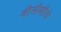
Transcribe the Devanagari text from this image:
बीसीबीचे